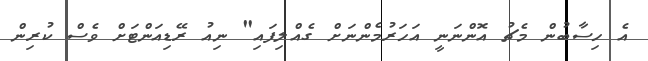
އެ ހިސާބުން މެޗު އޮންނަނީ އަހަރުމެންނަށް ގެއްލިފައި" ނިއު ރޭޑިއަންޓަށް ވެސް ކުރިން